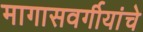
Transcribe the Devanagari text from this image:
मागासवर्गीयांचे